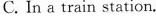
C. In a train station.